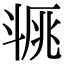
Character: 𣁿